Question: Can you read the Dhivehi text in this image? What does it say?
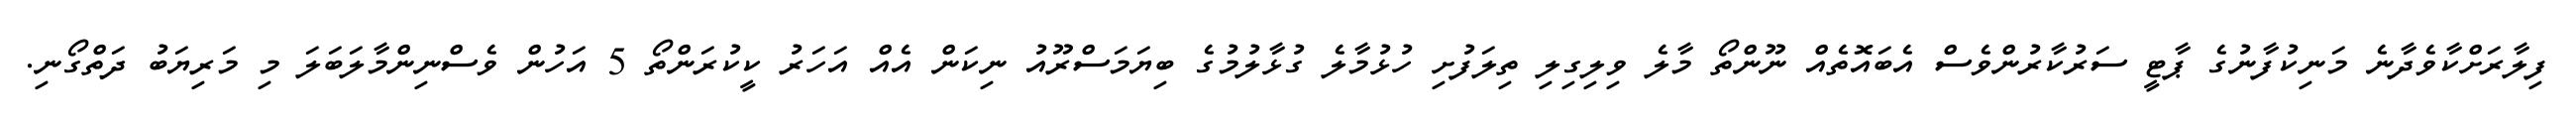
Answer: ފިލާރަށްކާވެދާނެ މަނިކުފާނުގެ ޕާޓީ ސަރުކާރުންވެސް އެބައޮތެއް ނޫންތޯ މާލެ ވިލިގިލި ތިލަފުށި ހުޅުމާލެ ގުޅާލުމުގެ ބިޔަމަސްރޫއު ނިކަން އެއް އަހަރު ކީކުރަންތޯ 5 އަހުން ވެސްނިންމާލަބަލަ މި މަރިޔަބު ދަތްގޯނި.